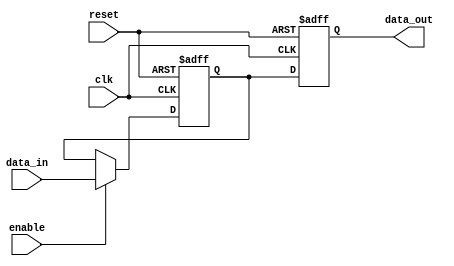
module sequential_logic_block (
    input wire clk,
    input wire reset,
    input wire enable,
    input wire data_in,
    output reg data_out
);

reg latch_out;
reg d_ff_out;

// Transparent latch
always @ (posedge clk or posedge reset) begin
    if (reset) begin
        latch_out <= 1'b0;
    end else begin
        if (enable) begin
            latch_out <= data_in;
        end
    end
end

// D flip-flop
always @ (posedge clk or posedge reset) begin
    if (reset) begin
        d_ff_out <= 1'b0;
    end else begin
        d_ff_out <= latch_out;
    end
end

assign data_out = d_ff_out;

endmodule